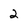
Character: 2